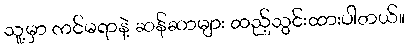
သူ့မှာ ကင်မရာနဲ့ ဆန်ဆာများ ထည့်သွင်းထားပါတယ်။